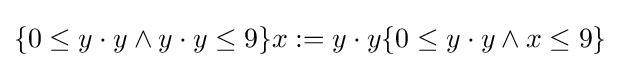
\{0\leq y\cdot y\wedge y\cdot y\leq 9\}x:=y\cdot y\{0\leq y\cdot y\wedge x\leq 9\}